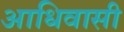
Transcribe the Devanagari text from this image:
आधिवासी